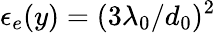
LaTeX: \epsilon_{e}(y)=(3\lambda_{0}/d_{0})^{2}